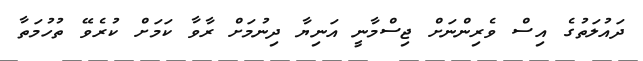
ދައުލަތުގެ އިސް ވެރިންނަށް ޖިސްމާނީ އަނިޔާ ދިނުމަށް ރާވާ ކަމަށް ކުރެވޭ ތުހުމަތާ